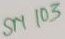
Text: SM103